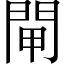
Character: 閘